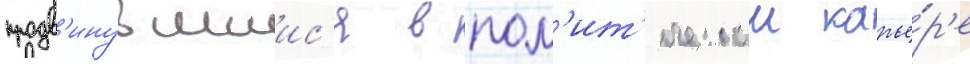
продв'инувшиис'я в пол'ит'ическои карье́р'е